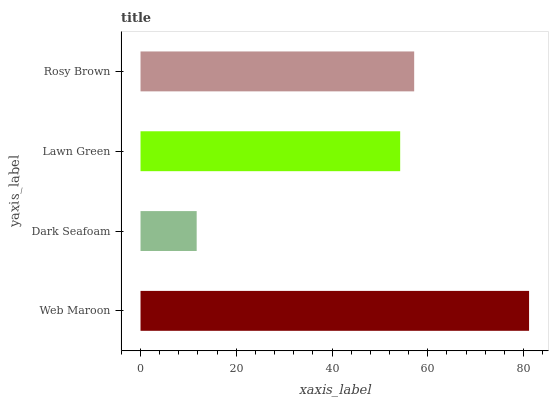
| yaxis_label | bars |
 | --- | --- |
 | Web Maroon | 81.1 |
 | Dark Seafoam | 11.7 |
 | Lawn Green | 54.2 |
 | Rosy Brown | 57.1 |